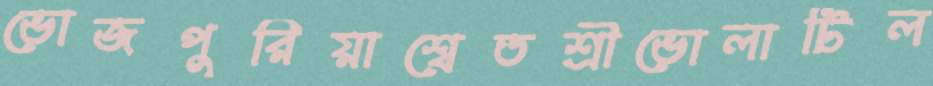
ভোজপুরিয়াশ্বেতশ্রীভোলাটিল